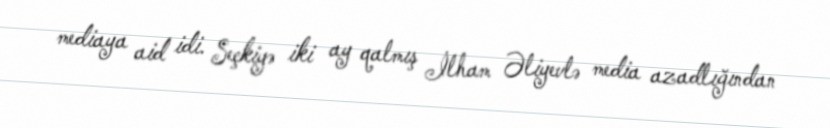
mediaya aid idi. Seçkiyə iki ay qalmış İlham Əliyevlə media azadlığından